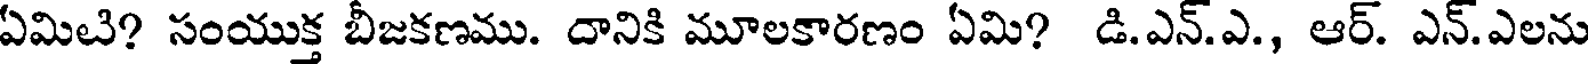
ఏమిటి? సంయుక్త బీజకణము. దానికి మూలకారణం ఏమి? డి.ఎన్.ఎ., ఆర్. ఎన్.ఎలను